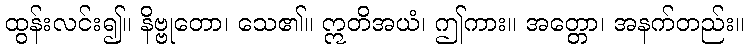
ထွန်းလင်း၍။ နိဗ္ဗုတော၊ သေ၏။ ဣတိအယံ၊ ဤကား။ အတ္တော၊ အနက်တည်း။